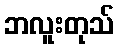
ဘလူးတုသ်